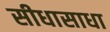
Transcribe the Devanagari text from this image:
सीधासाधा